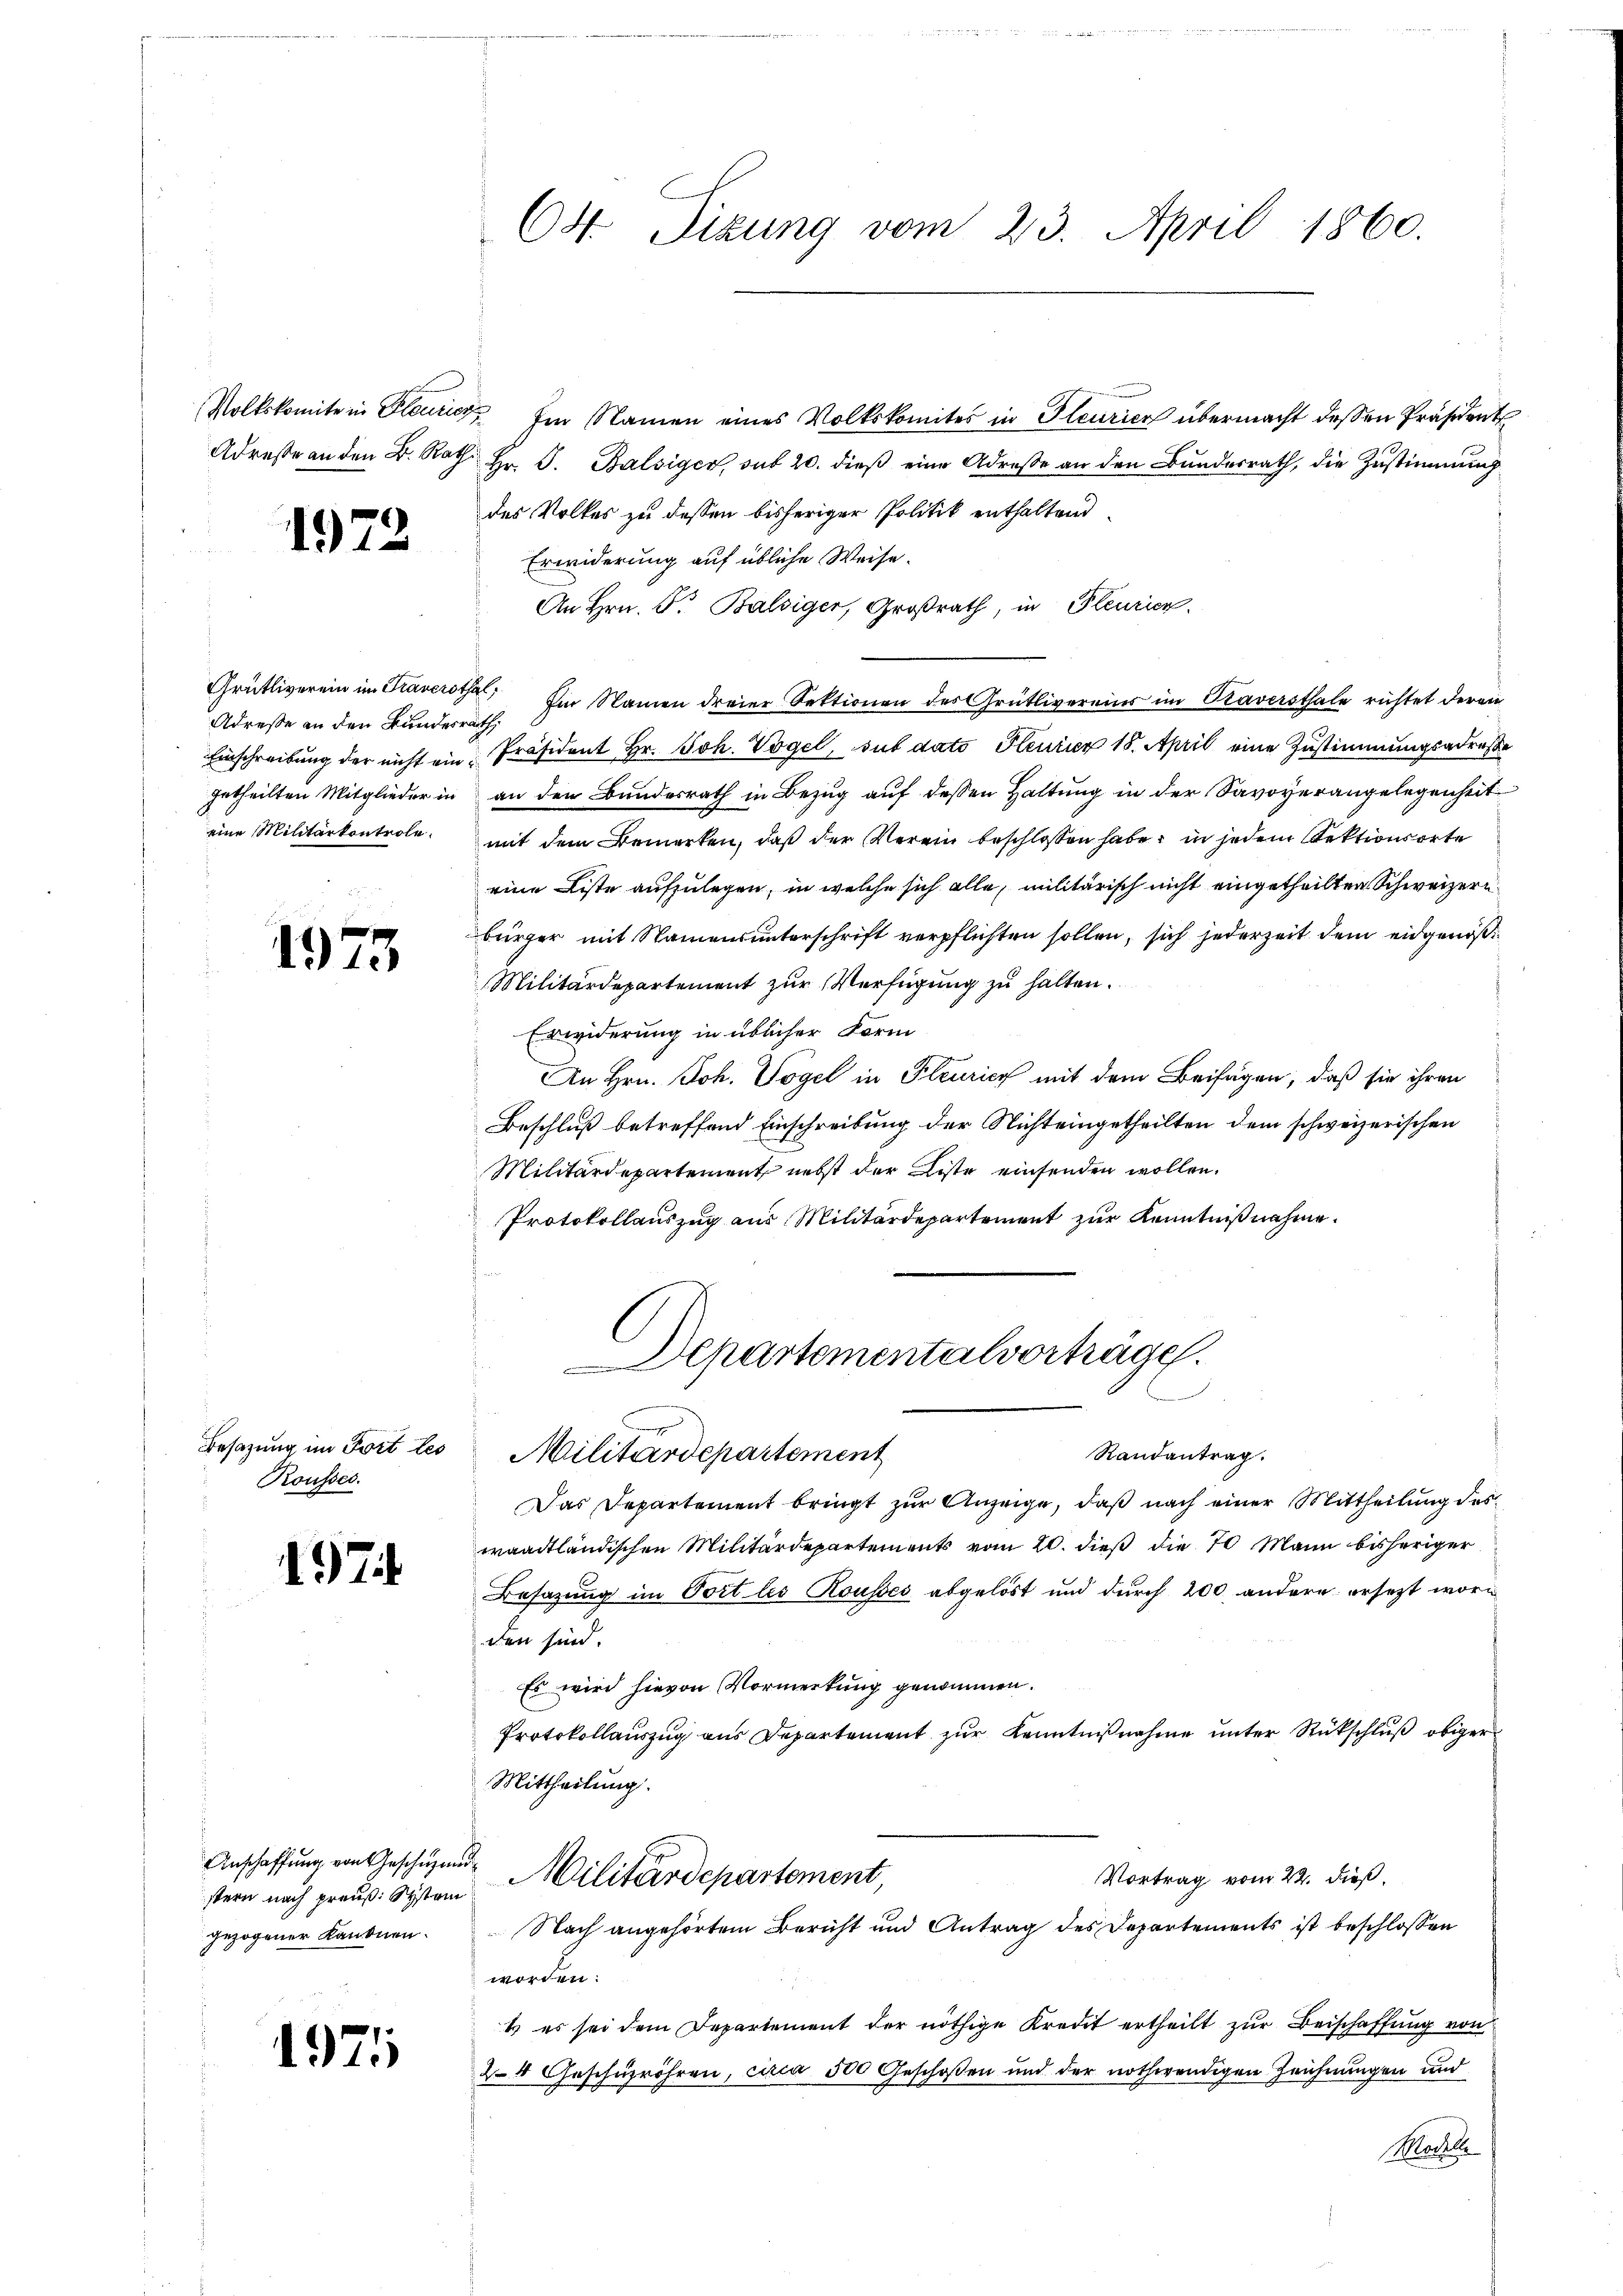
1972

Adresse an den Bundesrath,
eine Militärkontrole.

1973

Besazung im Fort les
Rousses.

17

Anschaffung von Geschäzend
stern nach preuß. Systein
gezogener Kanonen.

197

Volkskomite in Plauric Im Namen eines Volkskomites in Gleurich übermacht dessen Präsidents
Adresse an den B. Rath. Hr. J. Balsiger, sub 20. dieß eine Adrese an den Bundesrath, die Zustimmung
des Volkes zu dessen bisheriger Politik enthaltend
Erwiderung auf übliche Weise.
An Hrn. P. Balsiger, Großrath, in Pleurien.
Grütliverein in Traverotha Im Namen dreier Sektionen des Grütlivereins im Traversthale richtet deren
Einschreibung der nicht ein Präsident Hr. Joh. Vogel, sub dato Feuer 18. April eine Zustimmungsadresse
getheilten Mitglieder in an den Bundesrath in Bezug auf dessen Haltung in der Savoverangelegenheit
mit dem Bemerken, daß der Verein beschlossen habe, in jedem Rektionsorte
eine Liste aufzulegen, in welche sich alle, militärisch nicht eingetheilten Schweizerbürger mit Namensunterschrift verpflichten sollen, sich jederzeit dem eidgenöß¬
Militärdepartement zur Verfügung zu halten.
Erwiderung in üblicher Form
An Hrn. Joh. Vogel in Pleurich mit dem Beifügen, daß sie ihren
Beschluß betreffend Einschreibung der Nicht eingetheilten dem schweizerischen
Militärdepartement nebst der Liste einsenden wollen.
Protokollauszug aus Militärdepartement zur Kenntniß nehme.

64 Sizung vom 23. April 1860.

Departementalvorträge.
Randantrag.
Militärdepartement

Das Departement bringt zur Anzeige, daß nach einer Mittheilung deswaadtländischen Militärdepartements vom 20. dieß die 70 Mann bisheriger
Besatzung im Port les Rousses abgelöst und durch 200 andere ersezt worden sind.
Es wird hievon Vormerkung genommen.
Protokollauszug aus Departement zur Kenntnißnahme unter Rückschluß obiger
Mittheilung.
Vortrag vom 22. dieß,
Militärdepartement,
Nach angehörtem Bericht und Antrag des Departements ist beschlossen
worden:
t es sei dem Departement der nöthige Kredit ertheilt zur Beischaffung von
24 Geschüzröhren, circa 500 Geschoßen und der nothwendigen Zeichnungen und
Machte